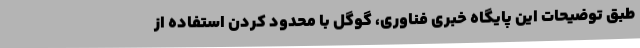
طبق توضیحات این پایگاه خبری فناوری، گوگل با محدود کردن استفاده از